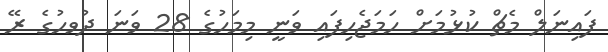
ފައިނަލް މެޗް ކުޅުމަށް ހަމަޖެހިފައި ވަނީ މިމަހުގެ 28 ވަނަ ދުވހުގެ ރޭ